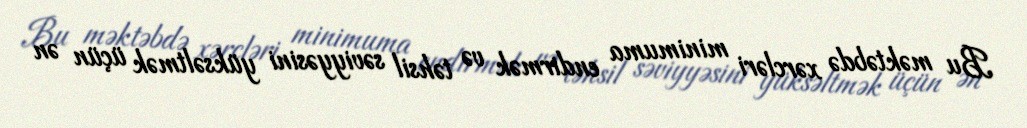
Bu məktəbdə xərcləri minimuma endirmək və təhsil səviyyəsini yüksəltmək üçün ən